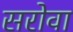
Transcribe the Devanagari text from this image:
सरोवा